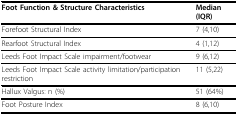
<table><thead><tr><td><b>Foot Function &amp; Structure Characteristics</b></td><td><b>Median (IQR)</b></td></tr></thead><tbody><tr><td>Forefoot Structural Index</td><td>7 (4,10)</td></tr><tr><td>Rearfoot Structural Index</td><td>4 (1,12)</td></tr><tr><td>Leeds Foot Impact Scale impairment/footwear</td><td>9 (6,12)</td></tr><tr><td>Leeds Foot Impact Scale activity limitation/participation restriction</td><td>11 (5,22)</td></tr><tr><td>Hallux Valgus: n (%)</td><td>51 (64%)</td></tr><tr><td>Foot Posture Index</td><td>8 (6,10)</td></tr></tbody></table>